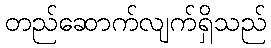
တည်ဆောက်လျက်ရှိသည်